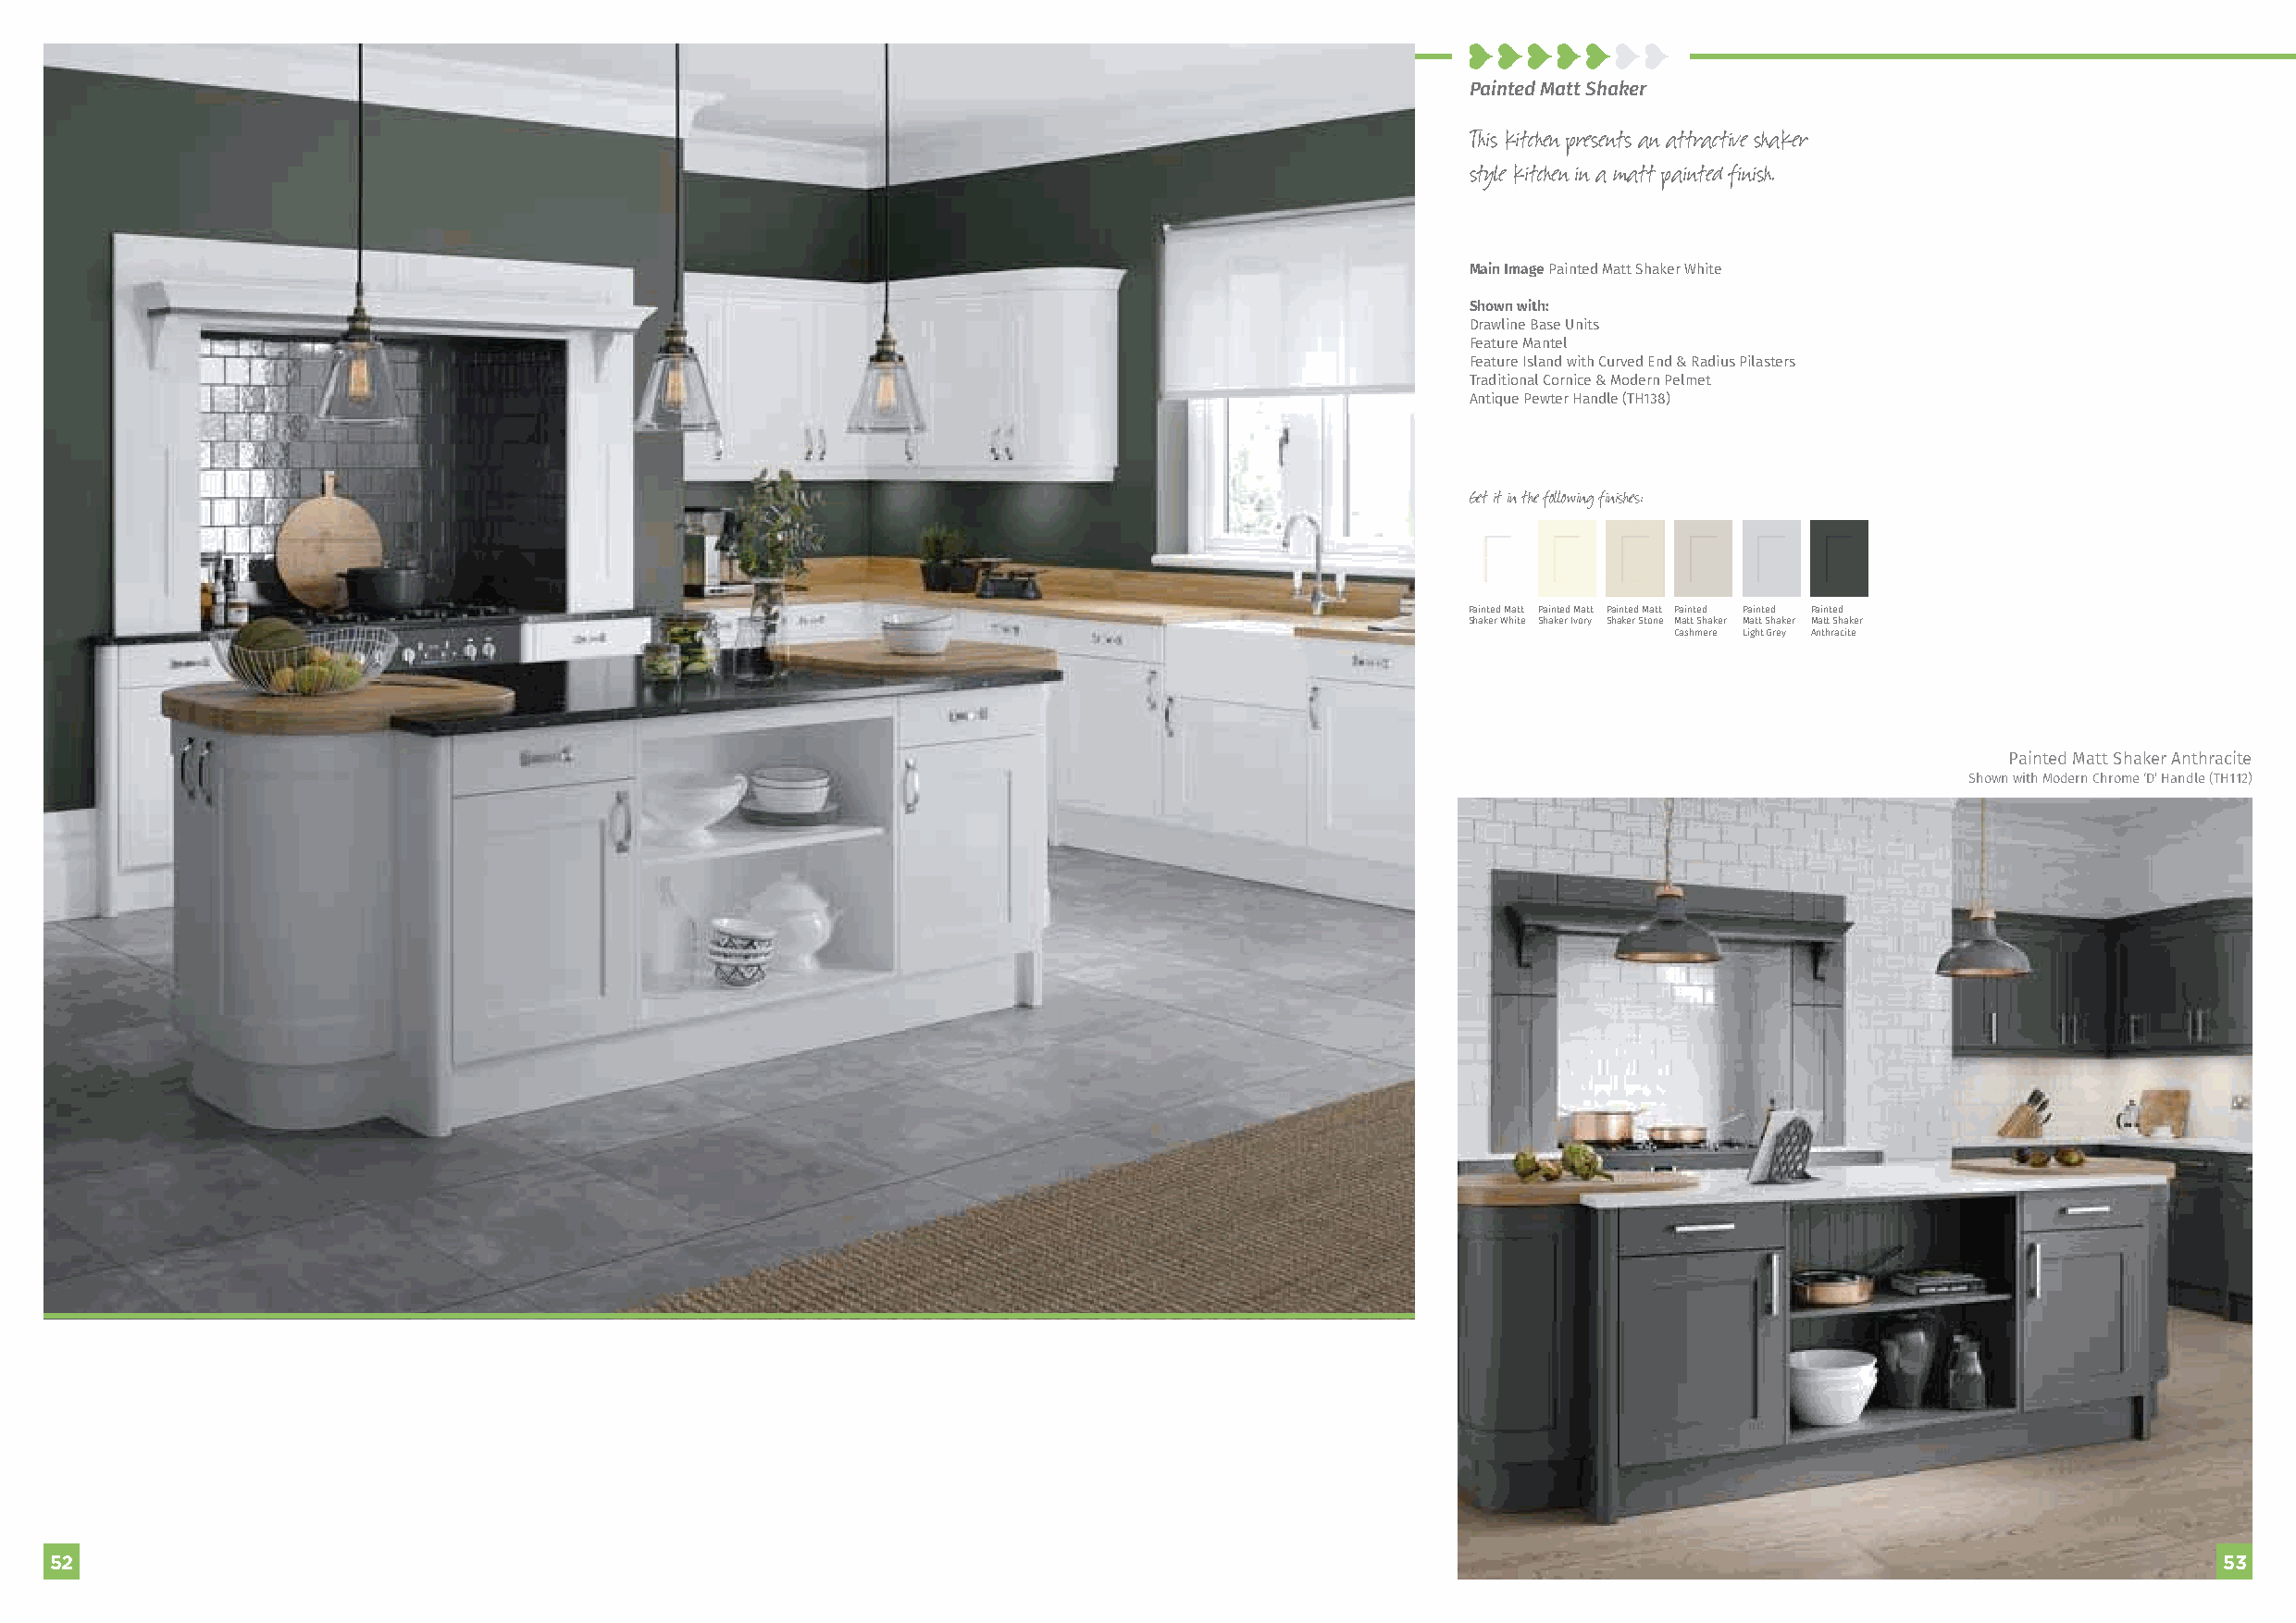
Painted Matt Shaker
 This kitchen presents an attractive shaker
 style kitchen in a matt painted finish.
 Main Image Painted Matt Shaker White
 Shown with:
 Drawline Base Units
 Feature Mantel
 Feature Island with Curved End & Radius Pilasters
 Traditional Cornice & Modern Pelmet
 Antique Pewter Handle (TH138)
 Get it in the following finishes:
 Painted Matt Painted Matt Painted Matt Painted Painted Painted
 Shaker White Shaker Ivory Shaker Stone Matt Shaker Matt Shaker Matt Shaker
 Cashmere Light Grey Anthracite
 Painted Matt Shaker Anthracite
 Shown with Modern Chrome ‘D’ Handle (TH112)
 5522                                                                                                                                                       5533